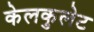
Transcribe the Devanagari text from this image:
केलकुलेट